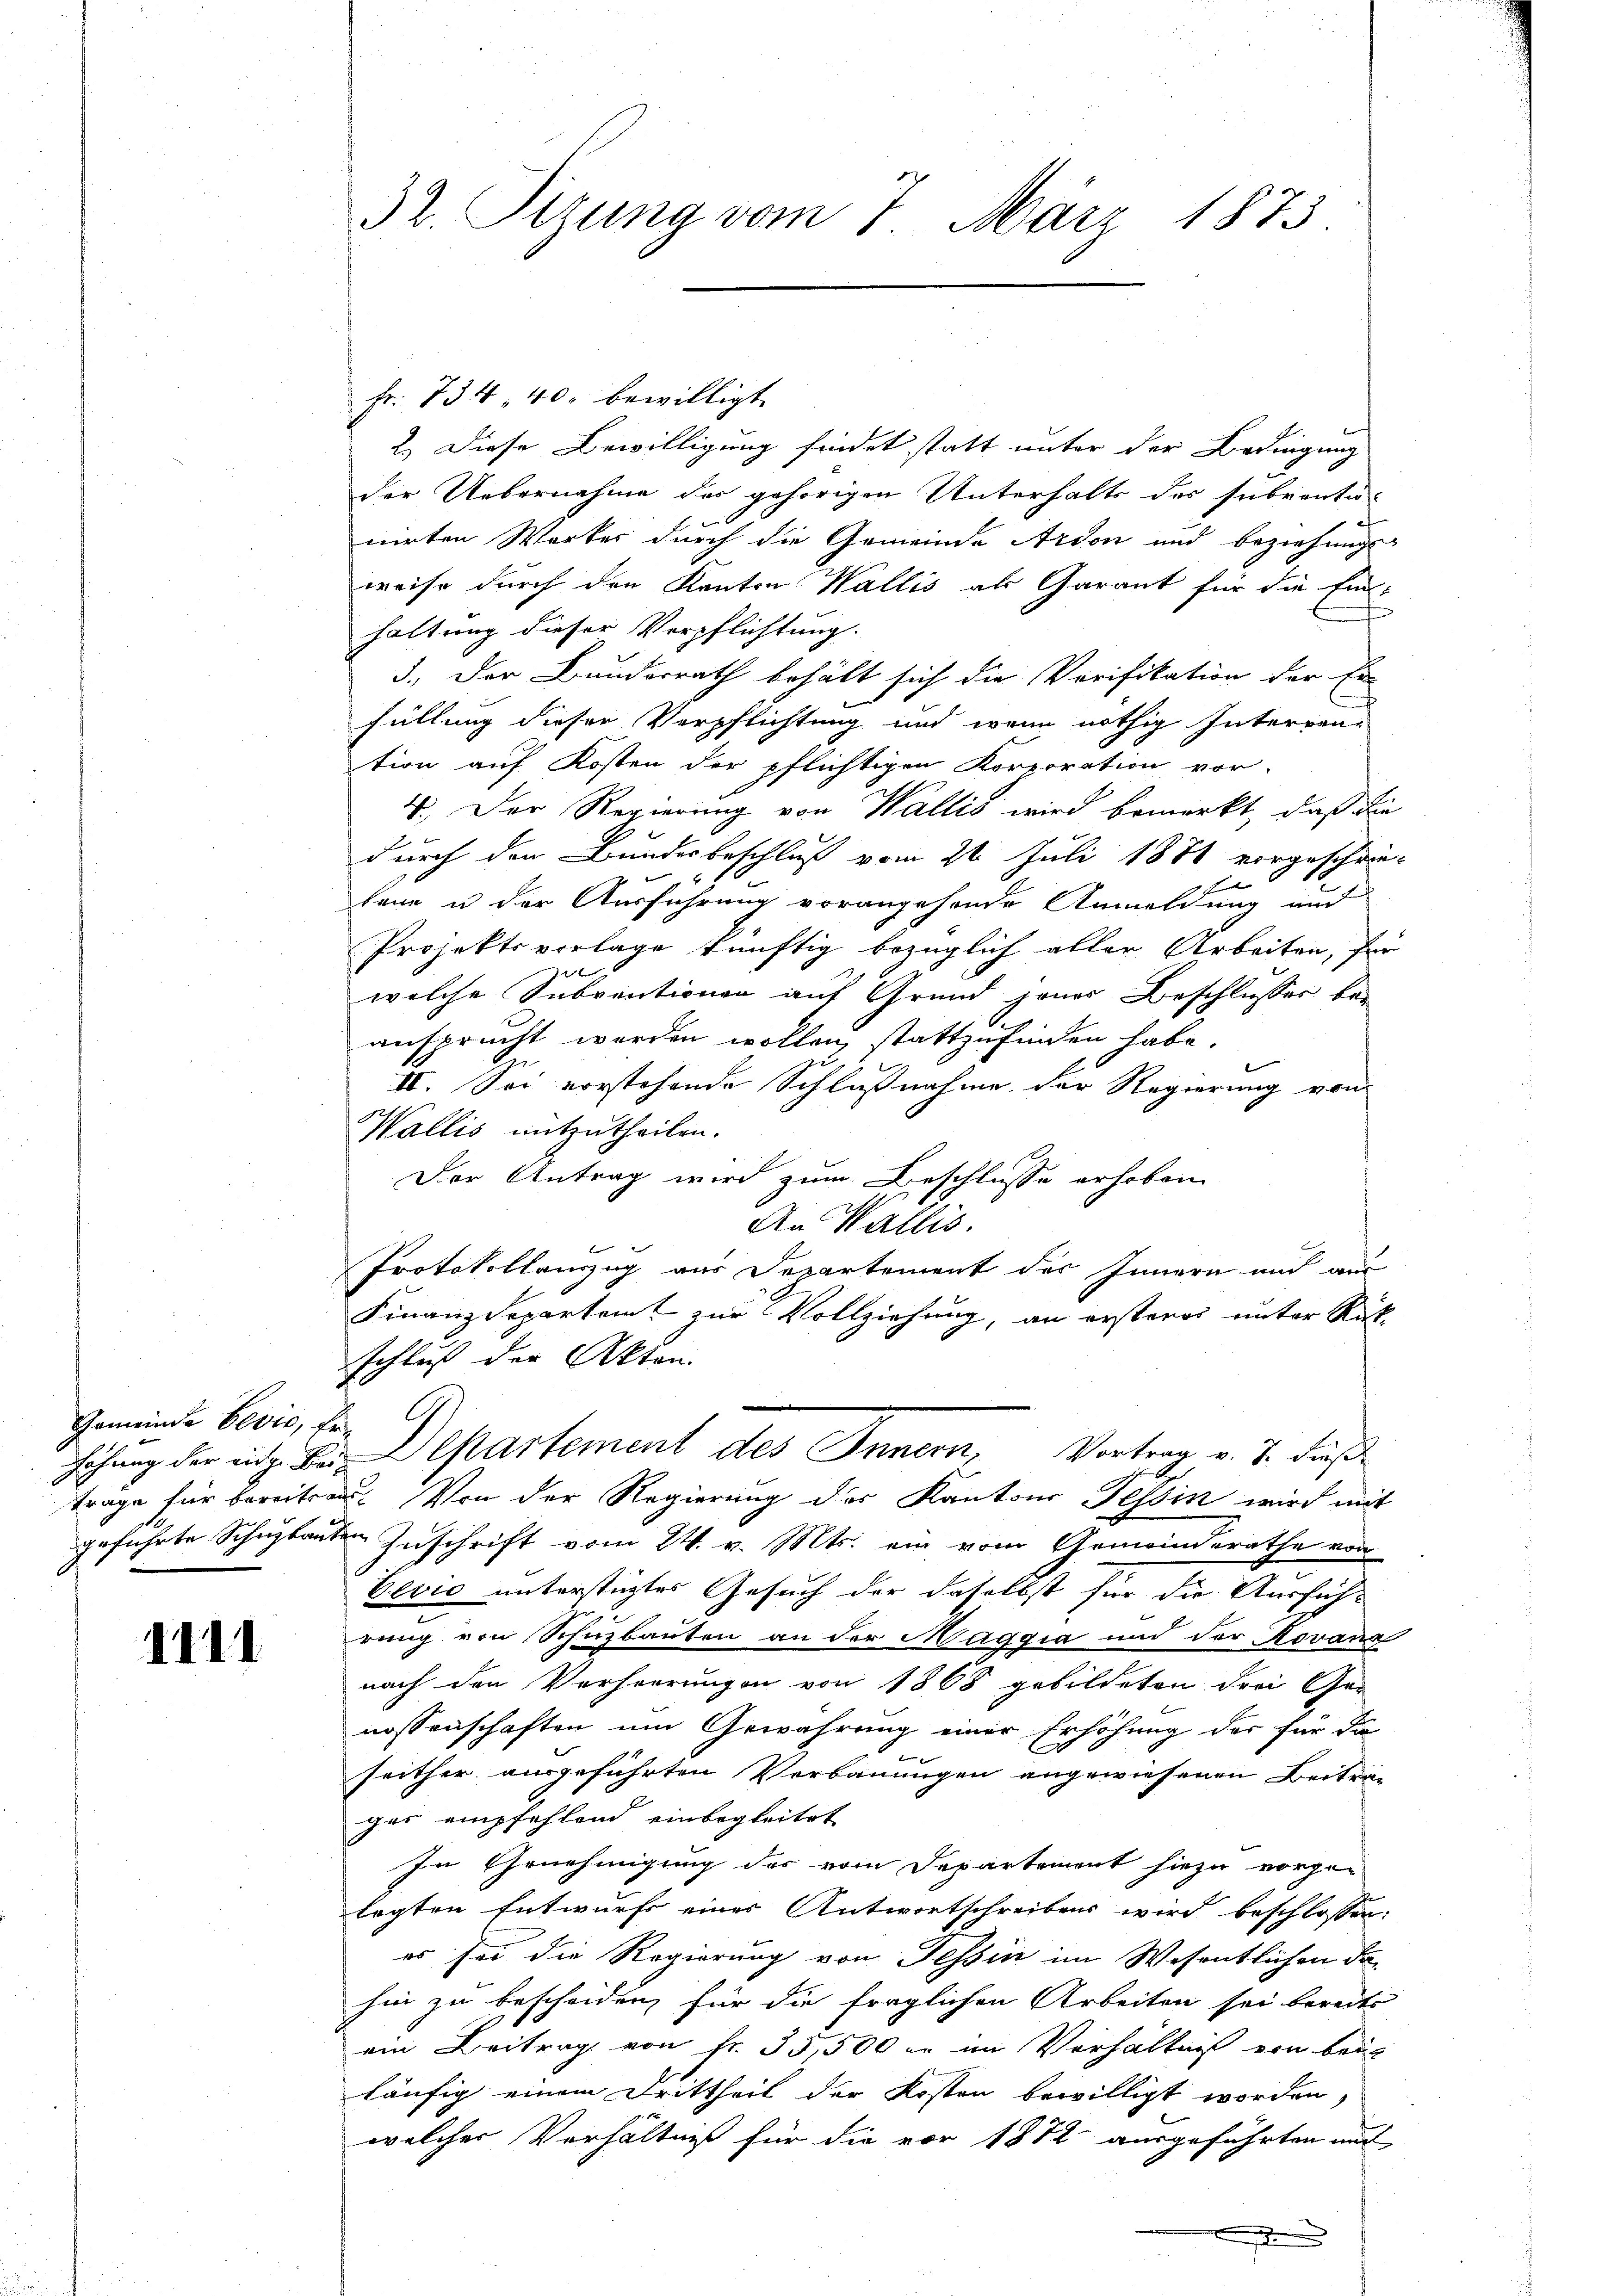
Gemeinde Bević, fe
höhung der eige Bargeführte Schuzkaut

1111.

32. Sitzung vom 7. März 1873

Fr. 734 40. bewilligt.
2.) Diese Bewilligung findet statt unter der Bedingung
der Uebernahme des gehörigen Unterhalts des subronti-
nirten Worter durch die Gemeinde Ardon und beziehungs-
weise durch den Kanton Wallis als Garant für die Einhaltung dieser Verpflichtung.
3.) Der Bunderrath behält sich die Verifikation der Er-
füllung dieser Verpflichtung und wenn nöthig Interren-
tion auf Kosten der pflichtigen Korporation vor-
4.) Der Regierung von Wallis wird bemerkt, daß die
durch den Bundesbeschluß vom 21. Juli 1881 vorgeschrie-
7
E
lene u der Ausführung vorangehende Anmeldung und
Projektsverlage künftig bezüglich aller Arbeiten, für
welche Subventionen auf Grund jenes Beschlusser be-
ansprucht werden wollen, stattzufinden habe.
u
e
II. Sei vorstehende Schlußnahme der Regierung von
Wallis mitzutheilen.
Der Antrag wird zum Beschlusse erhoben
An Wallis.
Ce
Protokollanzug aus Departement des Innern und aus
Finanzdepartamt zur Vollziehung, an ersteros unter Rück-
schluß der Akten.
Departement des Innern, Vortrag v. J. dieß
träge für bereitsers. Von der Regierung der Kantons Tessin wird mit
 Zuschrift vom 24. v. Mts. ein vom Gemeinderathe von
Vevio unterstüztes Gesuch der daselbst für die Ausfüh-
rung von Schuzbauten an der Maggia und der Rovana
nach den Verheerungen von 1868 gebildeten drei Ge-
nossenschaften um Gewährung einer Erhöhung der für da
seither ausgeführten Verbauungen angewiesenen Beiträg
ges empfehlend einbegleitet
In Genehmigung des vom Departement hiezu vorgen
legten Entwurfs eines Antwortschreibens wird beschlossen:
es sei die Regierung von Tessin im Wesentlichen Fr.
hin zu bescheiden, für die fraglichen Arbeiten sei bereits
ein Beitrag von fr. 35,500 in im Verhältniß von beig
läufig einem Drittheil der Kosten bewilligt worden,
welcher Verhältniß für die vor 1882 ausgeführten auf
.